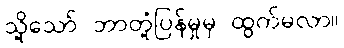
သို့သော် ဘာတုံ့ပြန်မှုမှ ထွက်မလာ။